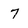
Character: 7